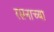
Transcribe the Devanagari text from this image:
रसनाच्या